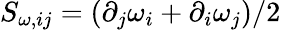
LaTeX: S_{\omega,ij}=(\partial_{j}\omega_{i}+\partial_{i}\omega_{j})/2